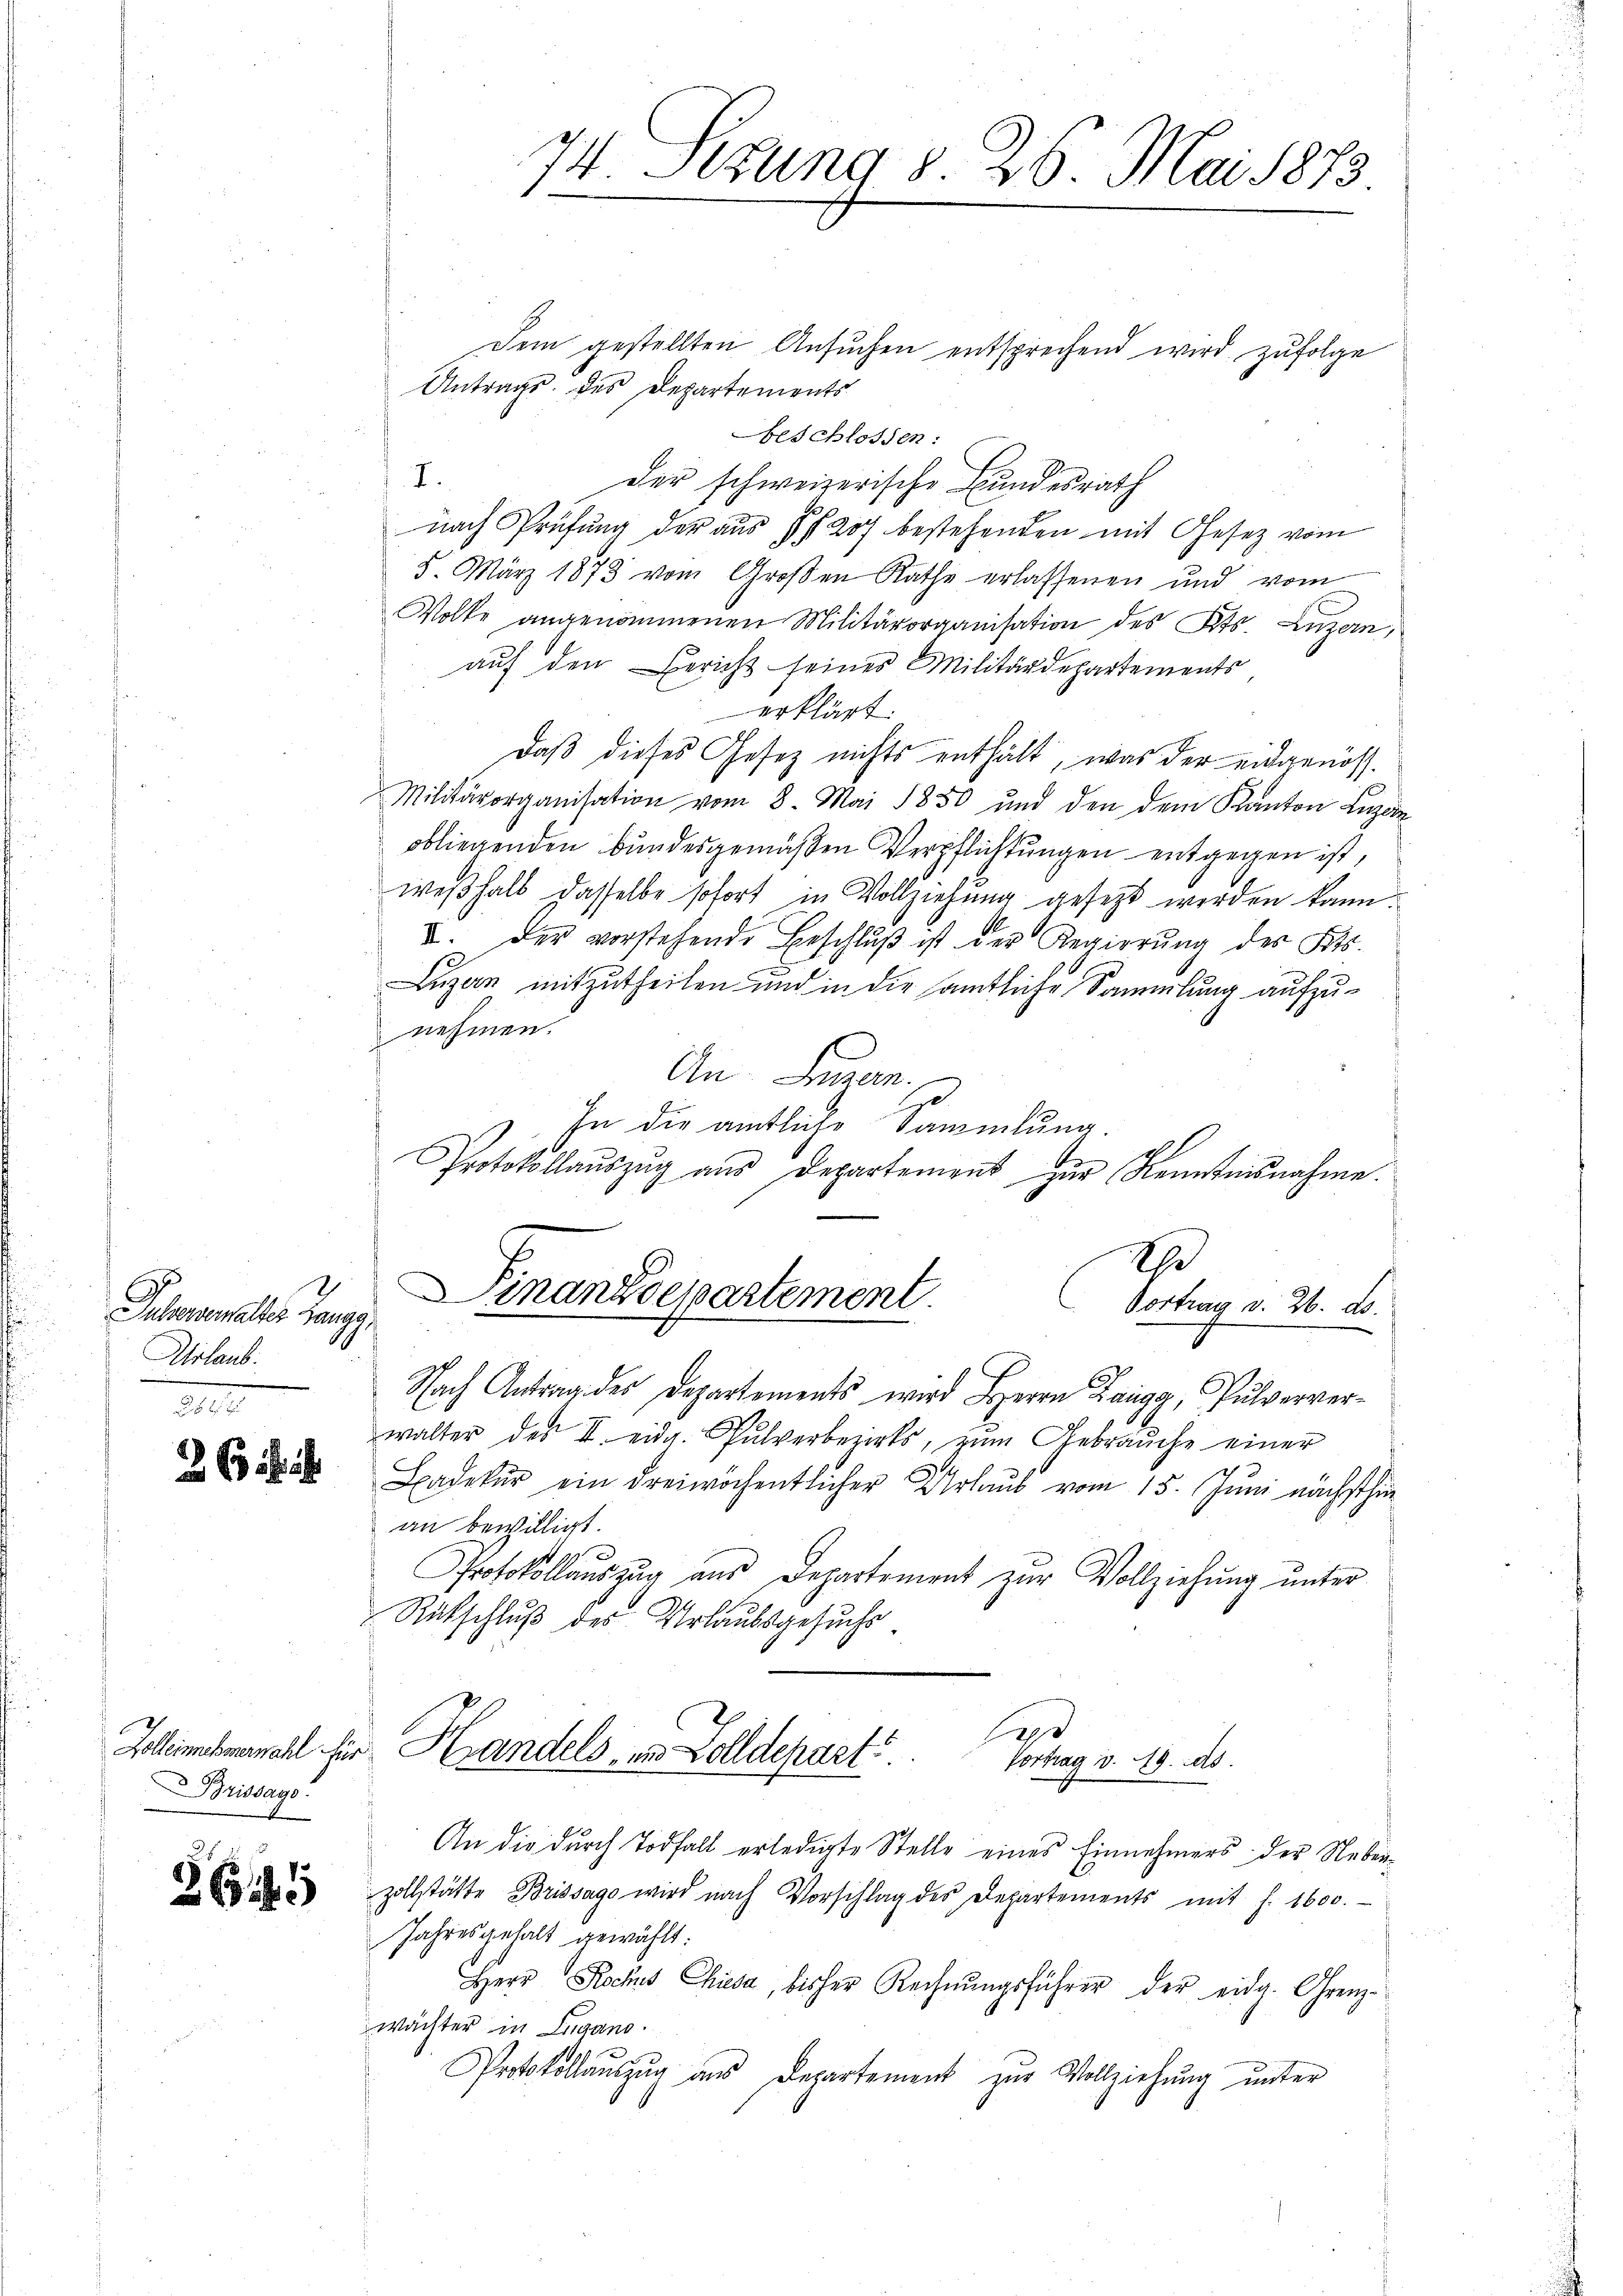
Jauneralter Zangg
Urlaub.
2

26

26

Brissago

Dem gestellten Ansuchen entsprechend wird zufolge
Antrags des Departements
beschlossen:
I.
Der schweizerische Bundesrath
nach Prüfung der aus 4 f 207 bestehenden mit Gesetz vom
5. März 1873 vom Großen Rathe erlassenen und vom
Wolke angenommenen Militärorganisation des Kts. Luzern,
auf den Bericht seines Militärdepartements
erklärt.
Daß dieses Gesetz nichts enthält, was der eidgenös¬
Militärorganisation vom 8. Mai 1850 und den dem Kanton Luzern
obliegenden Bundesgemäßen Verpflichtungen entgegen ist,
weßhalb dasselbe sofort in Vollziehung gesezt werden kann.
I. der vorstehende Beschlŭβ ist der Regierŭng des Kts.
Luzern mitzutheilen und in die amtliche Sammlung aufzunehmen.
An Luzern.
In die amtliche Sammlung
Protokollaŭszŭg aŭs Departement zŭr Kenntnisnahme.
h
Finanzdepartement.
Vortrag v. 26. ds.
Nach Antrag des Departements wird Herrn Zaugg, Pulververwalter des II. eidg. Pulverberirt, zum Gebraŭche einer
Badeker ein dreiwöchentlicher Urlaub vom 15. Juni nächsthin
an bewilligt.
Protokollaŭszŭg aŭs Departement zŭr Vollziehŭng ŭnter
Rutschluß des Urlaubsgesuchs
a
Zollimehmahl für Handels- und Zolldepart. Vortrag v. 19. ds.
An die durch Todfall erledigte Stelle eines Einnehmers der Nebenzollstätte Brissago wird nach Vorschlag des Departements mit J. 1600.
Jahresgehalt gewählt:
Herr Rochus Chiesa, bisher Rechnŭngsführer der eidg. Grenz-
wächter in Lugano.
Protokollaŭszŭg aŭs Departement zur Vollziehung unter

d
4. ttung d. 20. Mai 1873.
1